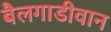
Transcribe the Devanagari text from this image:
बैलगाडीवान